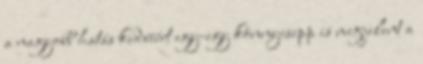
a nagyobb hatás kedvéért egy-egy könnycsepp is megjelent a